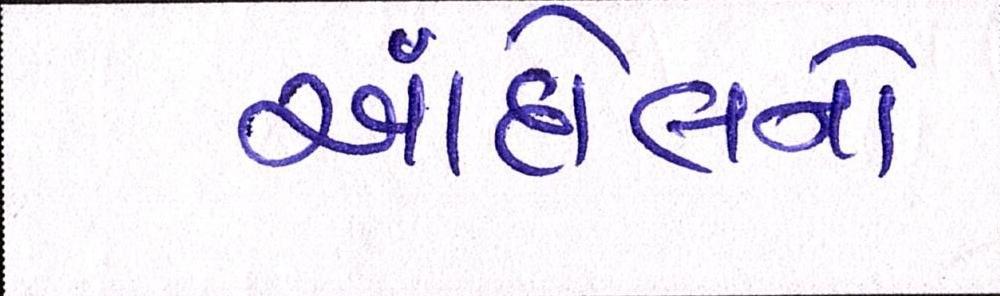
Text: આંદોલનો